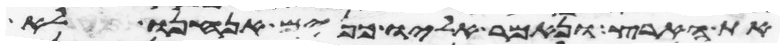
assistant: את הארץ ונאמר אליו כנים אנחנו לא